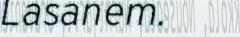
Lasanem.